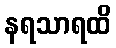
နရသာရထိ